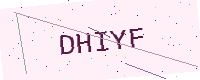
Text: DHIYF